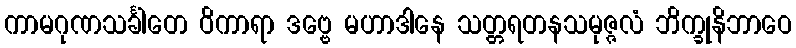
ကာမဂုဏသင်္ခါတေ ဝိကာရာ ဒဗ္ဗေ မဟာဒါနေ သတ္တရတနသမုဇ္ဇလံ ဘိက္ခုနိဘာဝေ